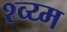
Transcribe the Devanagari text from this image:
श्व्य्म